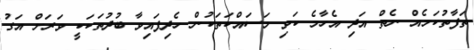
ތަފާތުކަމެއް ނެތް އަދި އެހާމެ ކަވި މަސައްކަތަކުން ހެދިފައިވާ ބުދުތަކަކީ ވަރަށް އަގު